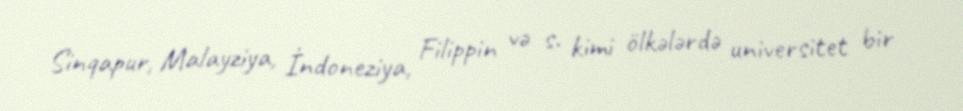
Sinqapur, Malayziya, İndoneziya, Filippin və s. kimi ölkələrdə universitet bir